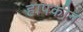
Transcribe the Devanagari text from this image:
हापकीन